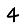
Digit: 4